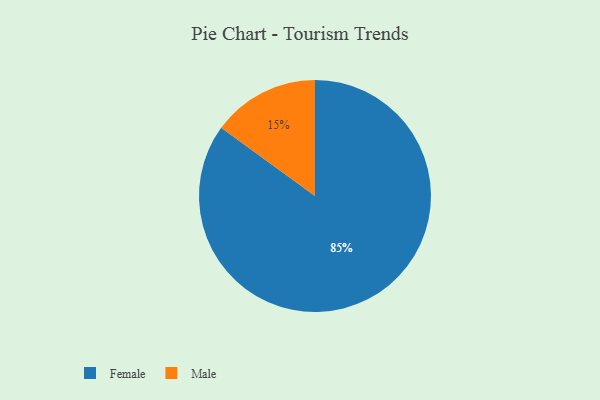
{"axis": {"x": "Category", "y": "Percentage"}, "legend": ["Female", "Male"], "data": [{"x": "Female", "y": 85, "type": "Female"}, {"x": "Male", "y": 15, "type": "Male"}]}